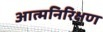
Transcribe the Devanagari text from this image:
आत्मनिरिक्षण